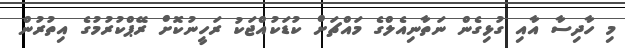
މި ހާދިސާ އާއި ގުޅިގެން ނަތާނިއެލްގެ މައްޗަށް ކުޑަކުއްޖަކު ރަހީނުކޮށް ރޭޕްކުރުމުގެ އިތުރުން